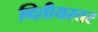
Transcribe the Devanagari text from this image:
व्दितीयस्तर